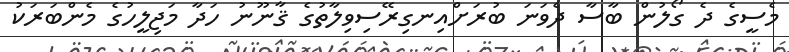
މެސީގެ ދެ ގޯލުން ބާސާ ދެވަނަ ބުރަށްއިނގިރޭސިވިލާތުގެ ޤާނޫނު ހަދާ މަޖިލީހުގެ މެންބަރަކު